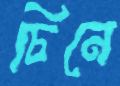
চিনে